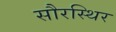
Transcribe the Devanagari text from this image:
सौरस्थिर